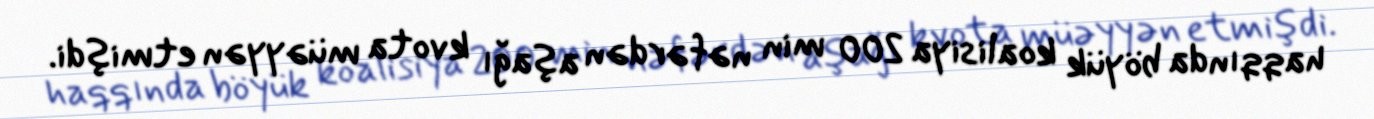
haqqında böyük koalisiya 200 min nəfərdən aşağı kvota müəyyən etmişdi.